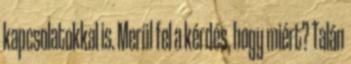
kapcsolatokkal is. Merül fel a kérdés, hogy miért? Talán